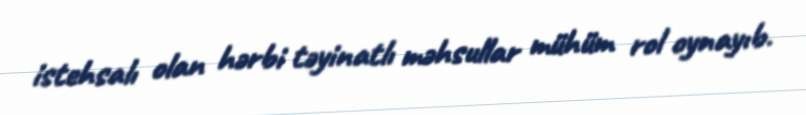
istehsalı olan hərbi təyinatlı məhsullar mühüm rol oynayıb.